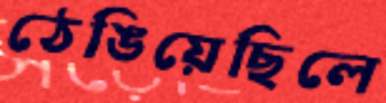
ঠেঙিয়েছিলে